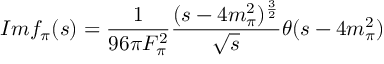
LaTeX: I m f _ { \pi } ( s ) = { \frac { 1 } { 9 6 \pi F _ { \pi } ^ { 2 } } } { \frac { ( s - 4 m _ { \pi } ^ { 2 } ) ^ { \frac { 3 } { 2 } } } { \sqrt { s } } } \theta ( s - 4 m _ { \pi } ^ { 2 } )